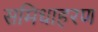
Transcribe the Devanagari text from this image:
समिधाहरण